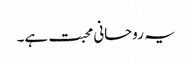
یہ روحانی محبت ہے۔